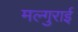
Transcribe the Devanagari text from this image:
मल्गुराई